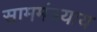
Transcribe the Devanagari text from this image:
साममंत्रयाय